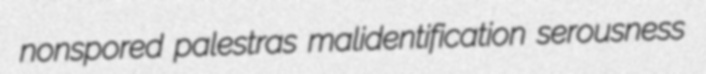
nonspored palestras malidentification serousness